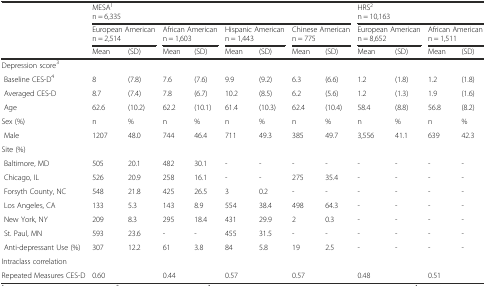
<table><thead><tr><td rowspan="2"></td><td colspan="8"><b>MESA<sup>1</sup></b></td><td colspan="4"><b>HRS<sup>2</sup></b></td></tr><tr><td colspan="8"><b>n = 6,335</b></td><td colspan="4"><b>n = 10,163</b></td></tr><tr><td rowspan="2"></td><td colspan="2"><b>European American</b></td><td colspan="2"><b>African American</b></td><td colspan="2"><b>Hispanic American</b></td><td colspan="2"><b>Chinese American</b></td><td colspan="2"><b>European American</b></td><td colspan="2"><b>African American</b></td></tr><tr><td colspan="2"><b>n = 2,514</b></td><td colspan="2"><b>n = 1,603</b></td><td colspan="2"><b>n = 1,443</b></td><td colspan="2"><b>n = 775</b></td><td colspan="2"><b>n = 8,652</b></td><td colspan="2"><b>n = 1,511</b></td></tr><tr><td></td><td><b>Mean</b></td><td><b>(SD)</b></td><td><b>Mean</b></td><td><b>(SD)</b></td><td><b>Mean</b></td><td><b>(SD)</b></td><td><b>Mean</b></td><td><b>(SD)</b></td><td><b>Mean</b></td><td><b>(SD)</b></td><td><b>Mean</b></td><td><b>(SD)</b></td></tr></thead><tbody><tr><td colspan="2">Depression score<sup>3</sup></td><td></td><td></td><td></td><td></td><td></td><td></td><td></td><td></td><td></td><td></td><td></td></tr><tr><td> Baseline CES-D<sup>4</sup></td><td>8</td><td>(7.8)</td><td>7.6</td><td>(7.6)</td><td>9.9</td><td>(9.2)</td><td>6.3</td><td>(6.6)</td><td>1.2</td><td>(1.8)</td><td>1.2</td><td>(1.8)</td></tr><tr><td> Averaged CES-D</td><td>8.7</td><td>(7.4)</td><td>7.8</td><td>(6.7)</td><td>10.2</td><td>(8.5)</td><td>6.2</td><td>(5.6)</td><td>1.2</td><td>(1.3)</td><td>1.9</td><td>(1.6)</td></tr><tr><td> Age</td><td>62.6</td><td>(10.2)</td><td>62.2</td><td>(10.1)</td><td>61.4</td><td>(10.3)</td><td>62.4</td><td>(10.4)</td><td>58.4</td><td>(8.8)</td><td>56.8</td><td>(8.2)</td></tr><tr><td>Sex (%)</td><td>n</td><td>%</td><td>n</td><td>%</td><td>n</td><td>%</td><td>n</td><td>%</td><td>n</td><td>%</td><td>n</td><td>%</td></tr><tr><td> Male</td><td>1207</td><td>48.0</td><td>744</td><td>46.4</td><td>711</td><td>49.3</td><td>385</td><td>49.7</td><td>3,556</td><td>41.1</td><td>639</td><td>42.3</td></tr><tr><td>Site (%)</td><td></td><td></td><td></td><td></td><td></td><td></td><td></td><td></td><td></td><td></td><td></td><td></td></tr><tr><td> Baltimore, MD</td><td>505</td><td>20.1</td><td>482</td><td>30.1</td><td>-</td><td>-</td><td>-</td><td>-</td><td>-</td><td>-</td><td>-</td><td>-</td></tr><tr><td> Chicago, IL</td><td>526</td><td>20.9</td><td>258</td><td>16.1</td><td>-</td><td>-</td><td>275</td><td>35.4</td><td>-</td><td>-</td><td>-</td><td>-</td></tr><tr><td> Forsyth County, NC</td><td>548</td><td>21.8</td><td>425</td><td>26.5</td><td>3</td><td>0.2</td><td>-</td><td>-</td><td>-</td><td>-</td><td>-</td><td>-</td></tr><tr><td> Los Angeles, CA</td><td>133</td><td>5.3</td><td>143</td><td>8.9</td><td>554</td><td>38.4</td><td>498</td><td>64.3</td><td>-</td><td>-</td><td>-</td><td>-</td></tr><tr><td> New York, NY</td><td>209</td><td>8.3</td><td>295</td><td>18.4</td><td>431</td><td>29.9</td><td>2</td><td>0.3</td><td>-</td><td>-</td><td>-</td><td>-</td></tr><tr><td> St. Paul, MN</td><td>593</td><td>23.6</td><td>-</td><td>-</td><td>455</td><td>31.5</td><td>-</td><td>-</td><td>-</td><td>-</td><td>-</td><td>-</td></tr><tr><td> Anti-depressant Use (%)</td><td>307</td><td>12.2</td><td>61</td><td>3.8</td><td>84</td><td>5.8</td><td>19</td><td>2.5</td><td>-</td><td>-</td><td>-</td><td>-</td></tr><tr><td colspan="4">Intraclass correlation</td><td></td><td></td><td></td><td></td><td></td><td></td><td></td><td></td><td></td></tr><tr><td>Repeated Measures CES-D</td><td>0.60</td><td></td><td>0.44</td><td></td><td>0.57</td><td></td><td>0.57</td><td></td><td>0.48</td><td></td><td>0.51</td><td></td></tr></tbody></table>